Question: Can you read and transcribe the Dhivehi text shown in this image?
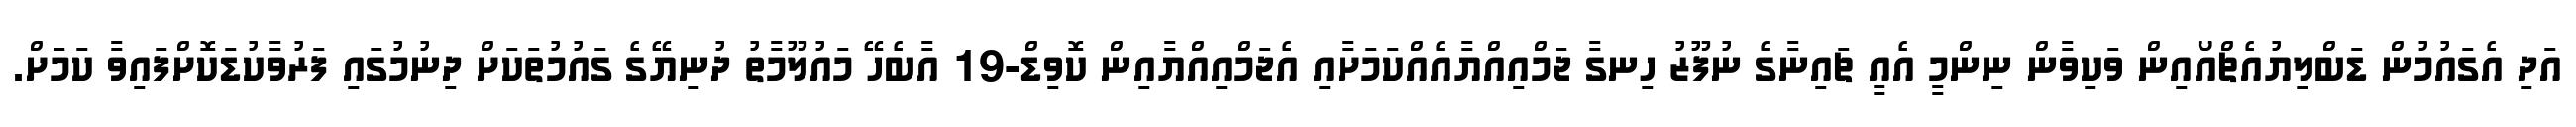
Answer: އަދި އެގައުމުން ޑަބްލިޔުއެޗްއޯއިން ވަކިވާން ނިންމީ އެއީ ޗައިނާގެ ނުފޫޒު ހިނގާ ޖަމްއިއްޔާއެއްކަމަށާއި އެޖަމްއިއްޔާއިން ކޮވިޑް-19 އާބެހޭ މައުލޫމާތު ދުނިޔޭގެ ގައުމުތަކަށް ދިނުމުގައި ފަރުވާކުޑަކޮށްފައިވާ ކަމަށް.